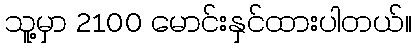
သူ့မှာ 2100 မောင်းနှင်ထားပါတယ်။